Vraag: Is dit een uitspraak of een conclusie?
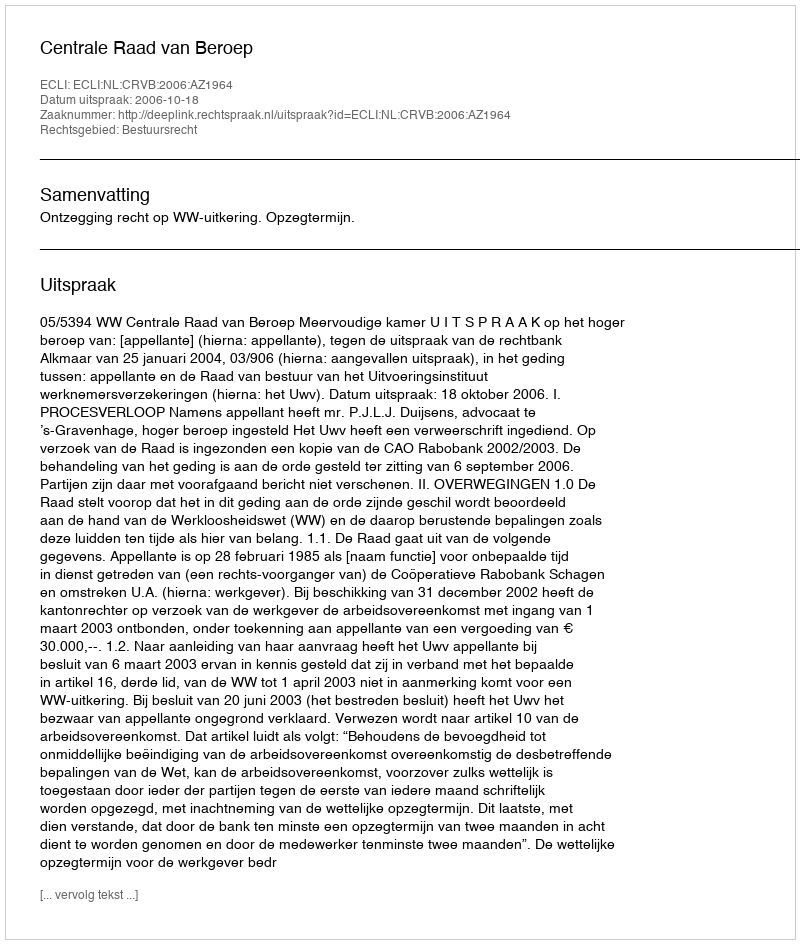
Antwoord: Uitspraak